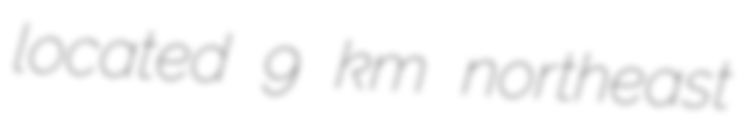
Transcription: located 9 km northeast